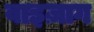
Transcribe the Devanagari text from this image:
वाइज़ाग